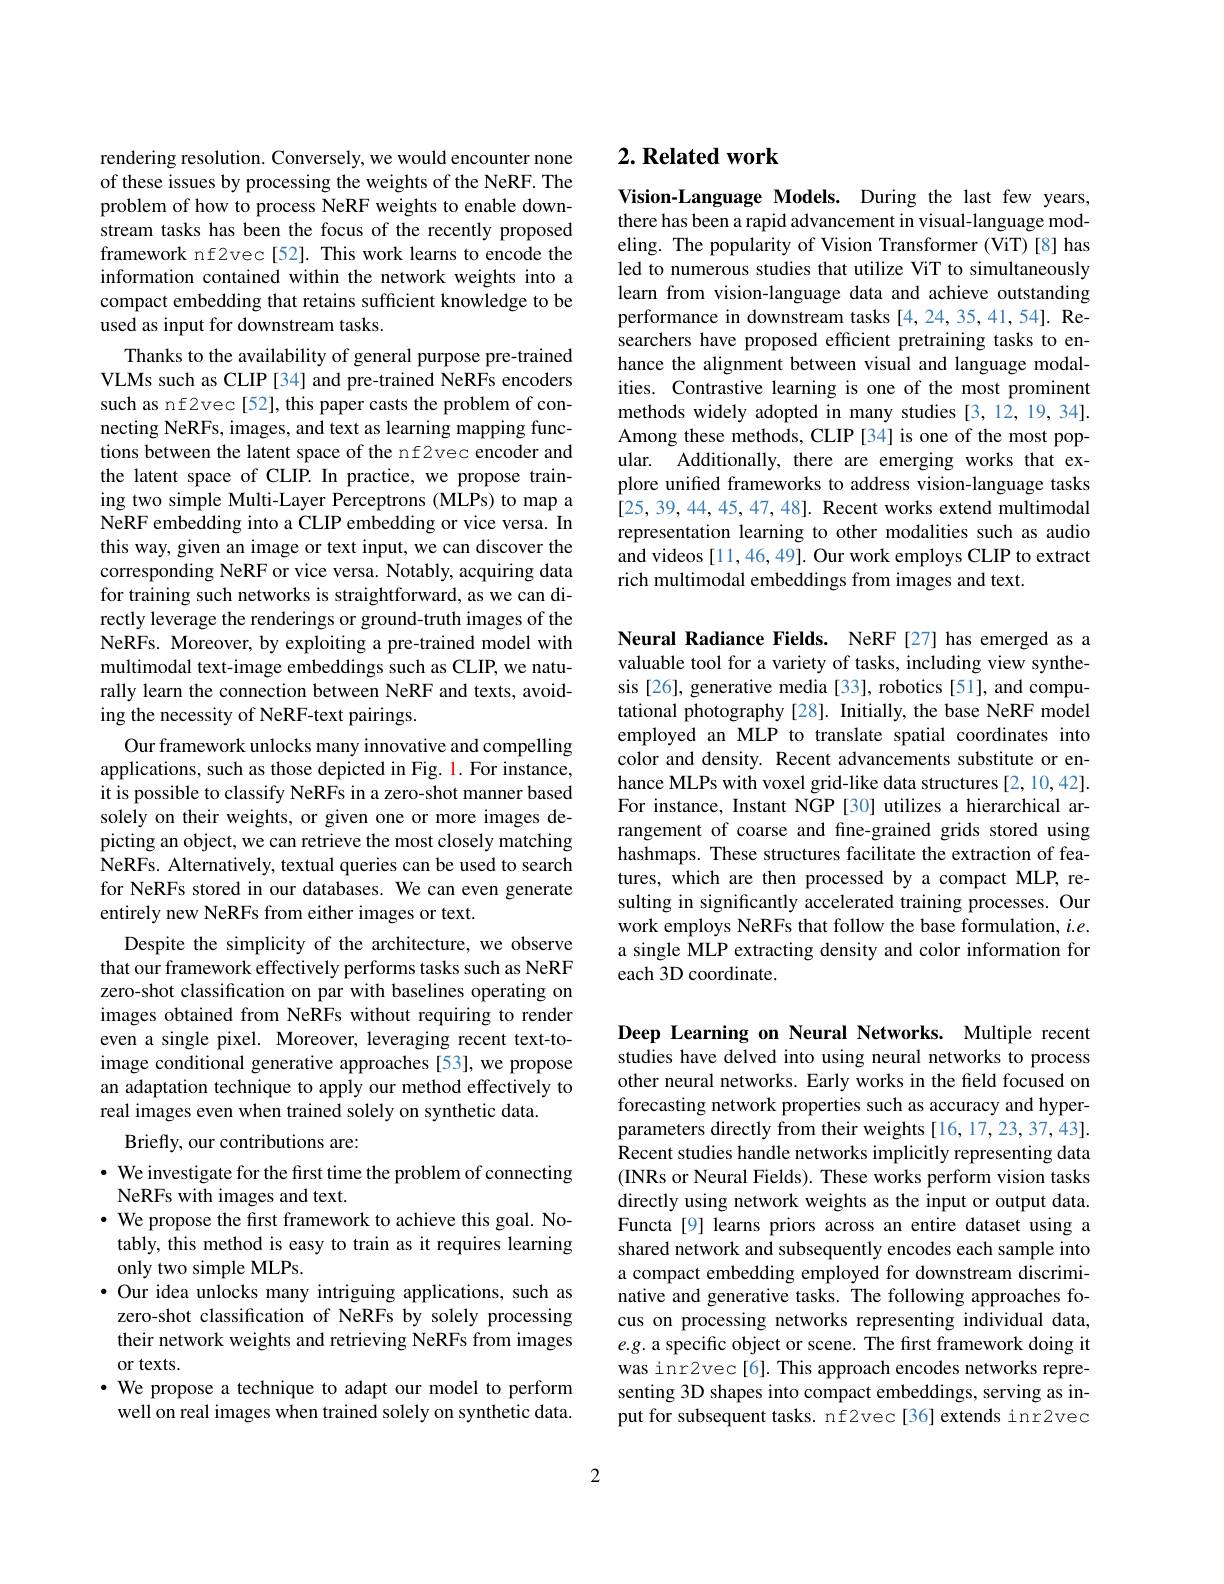
rendering resolution. Conversely, we would encounter none of these issues by processing the weights of the NeRF. The problem of how to process NeRF weights to enable downstream tasks has been the focus of the recently proposed framework nf2vec[52]. This work learns to encode the information contained within the network weights into a compact embedding that retains sufficient knowledge to be used as input for downstream tasks.
Thanks to the availability of general purpose pre-trained VLMs such as CLIP [34] and pre-trained NeRFs encoders such as nf2vec[52], this paper casts the problem of connecting NeRFs, images, and text as learning mapping functions between the latent space of the nf2vec encoder and the latent space of CLIP. In practice, we propose training two simple Multi-Layer Perceptrons (MLPs) to map a NeRF embedding into a CLIP embedding or vice versa. In this way, given an image or text input, we can discover the corresponding NeRF or vice versa. Notably, acquiring data for training such networks is straightforward, as we can directly leverage the renderings or ground-truth images of the NeRFs. Moreover, by exploiting a pre-trained model with multimodal text-image embeddings such as CLIP, we naturally learn the connection between NeRF and texts, avoiding the necessity of NeRF-text pairings.
Our framework unlocks many innovative and compelling applications, such as those depicted in Fig. 1. For instance, it is possible to classify NeRFs in a zero-shot manner based solely on their weights, or given one or more images depicting an object, we can retrieve the most closely matching NeRFs. Alternatively, textual queries can be used to search for NeRFs stored in our databases. We can even generate entirely new NeRFs from either images or text.
Despite the simplicity of the architecture, we observe that our framework effectively performs tasks such as NeRF zero-shot classification on par with baselines operating on images obtained from NeRFs without requiring to render even a single pixel. Moreover, leveraging recent text-toimage conditional generative approaches [53], we propose an adaptation technique to apply our method effectively to real images even when trained solely on synthetic data.
Briefly, our contributions are:

· We investigate for the first time the problem of connecting
NeRFs with images and text.
$\cdot$ We propose the first framework to achieve this goal. No-
tably, this method is easy to train as it requires learning
only two simple MLPs.
·Our idea unlocks many intriguing applications, such as zero-shot classification of NeRFs by solely processing their network weights and retrieving NeRFs from images or texts.
$\cdot$ We propose a technique to adapt our model to perform well on real images when trained solely on synthetic data.

# $2. \textbf{ Related work}$

Vision-Language Models. During the last few years, there has been a rapid advancement in visual-language modeling. The popularity of Vision Transformer (ViT)[8] has led to numerous studies that utilize ViT to simultaneously learn from vision-language data and achieve outstanding performance in downstream tasks [4,24,35,41,54]. Researchers have proposed efficient pretraining tasks to enhance the alignment between visual and language modalities. Contrastive learning is one of the most prominent methods widely adopted in many studies [3,12,19,34]. Among these methods, CLIP[34] is one of the most popular. Additionally, there are emerging works that explore unified frameworks to address vision-language tasks [25,39,44,45,47,48]. Recent works extend multimodal representation learning to other modalities such as audio and videos [11,46,49]. Our work employs CLIP to extract rich multimodal embeddings from images and text.

Neural Radiance Fields. NeRF[27] has emerged as a valuable tool for a variety of tasks, including view synthesis [26], generative media [33], robotics [51], and computational photography[28]. Initially, the base NeRF model employed an MLP to translate spatial coordinates into color and density. Recent advancements substitute or enhance MLPs with voxel grid-like data structures [2,10,42]. For instance, Instant NGP [30] utilizes a hierarchical arrangement of coarse and fine-grained grids stored using hashmaps. These structures facilitate the extraction of features, which are then processed by a compact MLP, resulting in significantly accelerated training processes. Our work employs NeRFs that follow the base formulation, $i.e.$ a single MLP extracting density and color information for each 3D coordinate.

Deep Learning on Neural Networks. Multiple recent studies have delved into using neural networks to process other neural networks. Early works in the field focused on forecasting network properties such as accuracy and hyperparameters directly from their weights [16,17,23,37,43]. Recent studies handle networks implicitly representing data (INRs or Neural Fields). These works perform vision tasks directly using network weights as the input or output data. Functa[9] learns priors across an entire dataset using a shared network and subsequently encodes each sample into a compact embedding employed for downstream discriminative and generative tasks. The following approaches focus on processing networks representing individual data, $e.g.$ a specific object or scene. The first framework doing it was inr2vec[6]. This approach encodes networks representing 3D shapes into compact embeddings, serving as input for subsequent tasks. nf2vec[36] extends inr2vec

2